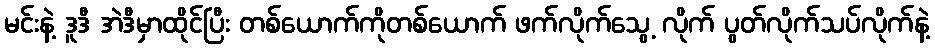
မင်းနဲ့ ဒူဒီ အဲဒီမှာထိုင်ပြီး တစ်ယောက်ကိုတစ်ယောက် ဖက်လိုက်သွေ့ လိုက် ပွတ်လိုက်သပ်လိုက်နဲ့